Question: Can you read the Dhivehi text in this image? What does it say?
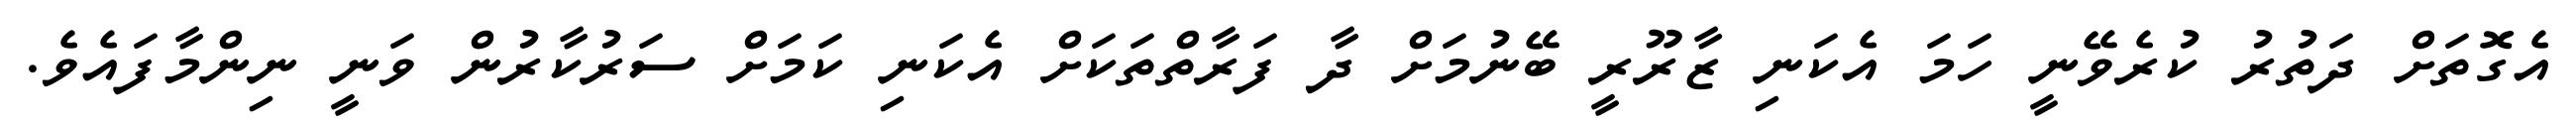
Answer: އެގޮތަށް ދަތުރު ކުރެވޭނީ ހަމަ އެކަނި ޒާރޫރީ ބޭނުމަށް ދާ ފަރާތްތަކަށް އެކަނި ކަމަށް ސަރުކާރުން ވަނީ ނިންމާފައެވެ.